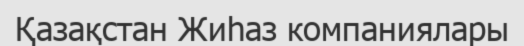
Қазақстан Жиһаз компаниялары